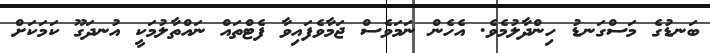
ބަނޑުގެ މަސްގަނޑު ހިންދާލުމެވެ. އެހެން ނަމަވެސް ޖަމާވެފައިވާ ފެޓްތައް ނައްތާލުމަކީ އުނދަގޫ ކަމަކަށް